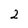
Character: 2